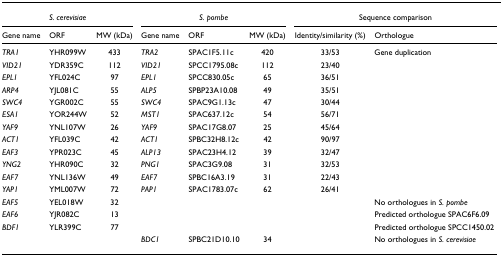
<table><thead><tr><td colspan="3"><b><i>S. cerevisiae</i></b></td><td colspan="3"><b><i>S. pombe</i></b></td><td colspan="2"><b>Sequence comparison</b></td></tr><tr><td><b>Gene name</b></td><td><b>ORF</b></td><td><b>MW (kDa)</b></td><td><b>Gene name</b></td><td><b>ORF</b></td><td><b>MW (kDa)</b></td><td><b>Identity/similarity (%)</b></td><td><b>Orthologue</b></td></tr></thead><tbody><tr><td><i>TRA1</i></td><td>YHR099W</td><td>433</td><td><i>TRA2</i></td><td>SPAC1F5.11c</td><td>420</td><td>33/53</td><td>Gene duplication</td></tr><tr><td><i>VID21</i></td><td>YDR359C</td><td>112</td><td><i>VID21</i></td><td>SPCC1795.08c</td><td>112</td><td>23/40</td><td></td></tr><tr><td><i>EPL1</i></td><td>YFL024C</td><td>97</td><td><i>EPL1</i></td><td>SPCC830.05c</td><td>65</td><td>36/51</td><td></td></tr><tr><td><i>ARP4</i></td><td>YJL081C</td><td>55</td><td><i>ALP5</i></td><td>SPBP23A10.08</td><td>49</td><td>35/51</td><td></td></tr><tr><td><i>SWC4</i></td><td>YGR002C</td><td>55</td><td><i>SWC4</i></td><td>SPAC9G1.13c</td><td>47</td><td>30/44</td><td></td></tr><tr><td><i>ESA1</i></td><td>YOR244W</td><td>52</td><td><i>MST1</i></td><td>SPAC637.12c</td><td>54</td><td>56/71</td><td></td></tr><tr><td><i>YAF9</i></td><td>YNL107W</td><td>26</td><td><i>YAF9</i></td><td>SPAC17G8.07</td><td>25</td><td>45/64</td><td></td></tr><tr><td><i>ACT1</i></td><td>YFL039C</td><td>42</td><td><i>ACT1</i></td><td>SPBC32H8.12c</td><td>42</td><td>90/97</td><td></td></tr><tr><td><i>EAF3</i></td><td>YPR023C</td><td>45</td><td><i>ALP13</i></td><td>SPAC23H4.12</td><td>39</td><td>32/47</td><td></td></tr><tr><td><i>YNG2</i></td><td>YHR090C</td><td>32</td><td><i>PNG1</i></td><td>SPAC3G9.08</td><td>31</td><td>32/53</td><td></td></tr><tr><td><i>EAF7</i></td><td>YNL136W</td><td>49</td><td><i>EAF7</i></td><td>SPBC16A3.19</td><td>31</td><td>22/43</td><td></td></tr><tr><td><i>YAP1</i></td><td>YML007W</td><td>72</td><td><i>PAP1</i></td><td>SPAC1783.07c</td><td>62</td><td>26/41</td><td></td></tr><tr><td><i>EAF5</i></td><td>YEL018W</td><td>32</td><td></td><td></td><td></td><td></td><td>No orthologues in <i>S. pombe</i></td></tr><tr><td><i>EAF6</i></td><td>YJR082C</td><td>13</td><td></td><td></td><td></td><td></td><td>Predicted orthologue SPAC6F6.09</td></tr><tr><td><i>BDF1</i></td><td>YLR399C</td><td>77</td><td></td><td></td><td></td><td></td><td>Predicted orthologue SPCC1450.02</td></tr><tr><td></td><td></td><td></td><td><i>BDC1</i></td><td>SPBC21D10.10</td><td>34</td><td></td><td>No orthologues in <i>S. cerevisiae</i></td></tr></tbody></table>